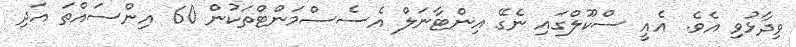
ވިދާޅުވި އެވެ. އެއީ ސްކޫލްގައި ނެގޭ އިންޓާނަލް އެސެސްމަންޓްތަކުން 60 އިންސައްތަ އަދި